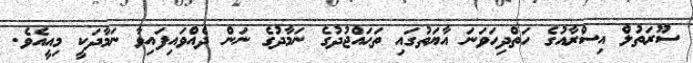
ސޫރަތުލް އިސްރާއުގެ ހަތްދިހަވަނަ އާޔަތުގައި ތަޙައްޖުދުގެ ނަމާދުގެ ނަން ދެއްވައިފައިވާ ނަމާދަކީ މިއީއެވެ.